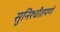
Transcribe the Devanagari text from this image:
सुनिश्चीतपणे